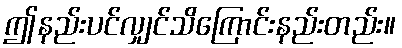
ဤနည်းပင်လျှင်သိကြောင်းနည်းတည်း။